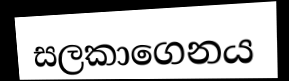
සලකාගෙනය